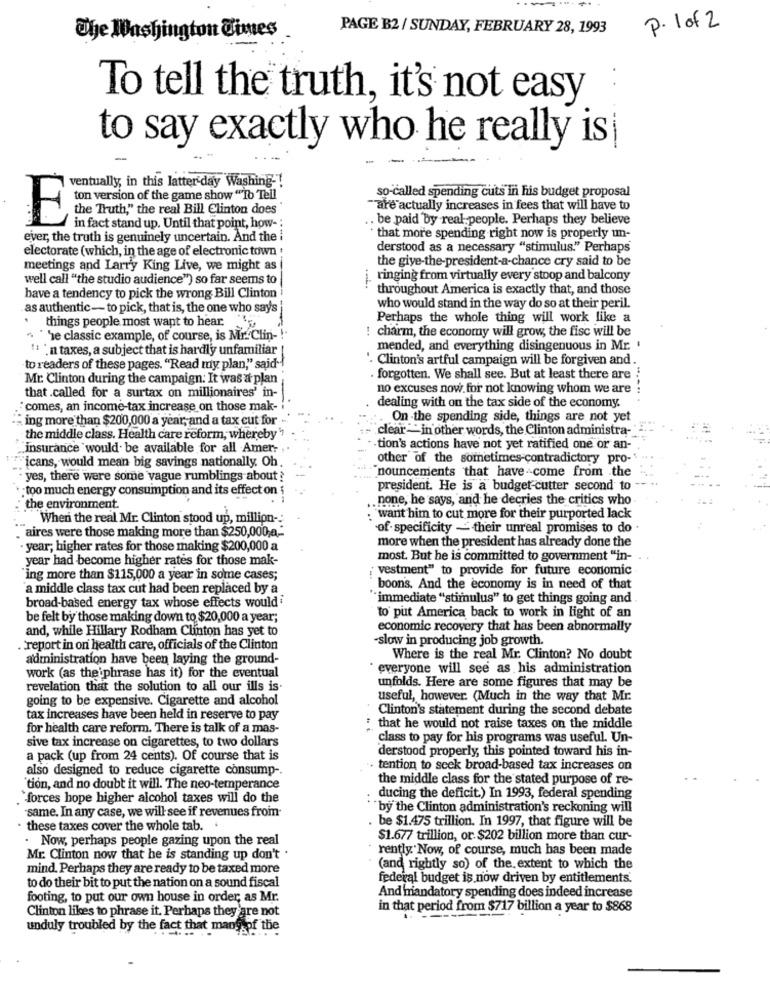
P. 1 of 2
PAGE B2 / SUNDAY, FEBRUARY 28, 1993
The Washington Times
To tell the truth, it's not easy
to say exactly who he really is
-
ventually, in this latter day Washing -!
so-called spending cuts in his budget proposal
ton version of the game show "To Tell
the Truth," the real Bill Clinton does
"are actually increases in fees that will have to
E
. be paid by real people. Perhaps they believe
in fact stand up. Until that point, how- :
ever, the truth is genuinely uncertain. And the i
that more spending right now is properly un-
electorate (which, in the age of electronic town .
derstood as a necessary "stimulus." Perhaps
the give-the-president-a-chance cry said to be
meetings and Larry King Live, we might as
well call "the studio audience") so far seems to
ringing from virtually every stoop and balcony
throughout America is exactly that, and those
have a tendency to pick the wrong Bill Clinton
as authentic- to pick, that is, the one who says
who would stand in the way do so at their peril.
Perhaps the whole thing will work like a
things people most want to hear.
* he classic example, of course, is Mr.Clin-
: charm, the economy will grow, the fisc will be
. .
. n taxes, a subject that is hardly unfamiliar
mended, and everything disingenuous in Mr.
. Clinton's artful campaign will be forgiven and
to readers of these pages. "Read my plan," said"!
Mr. Clinton during the campaign: It was a plan
. forgotten. We shall see. But at least there are .
that .called for a surtax on millionaires' in-
no excuses now. for not knowing whom we are
"comes, an income-tax increase on those mak-
dealing with on the tax side of the economy.
ing more than $200,000 a year, and a tax cut for .
On -the spending side, things are not yet
clear - in other words, the Clinton administra-"
the middle class. Health care reform, whereby"
insurance would be available for all Amer-
tion's actions have not yet ratified one or an-
"icans, would mean big savings nationally. Oh
other of the sometimes-contradictory pro-
"nouncements that have-come from the
yes, there were some vague rumblings about?
too much energy consumption and its effect on ;
president. He is a budget-cutter second to
. none, he says, and he decries the critics who
the environment.
When the real Mr. Clinton stood up, million-
: want him to cut more for their purported lack
. aires were those making more than $250,000,a .:
of - specificity - their unreal promises to do .
more when the president has already done the
· year; higher rates for those making $200,000 a
year had become higher rates for those mak-
most. But he is committed to government "in-
vestment" to provide for future economic
"ing more than $115,000 a year in some cases;
a middle class tax cut had been replaced by a
boon's. And the economy is in need of that
"immediate "stimulus" to get things going and
broad-based energy tax whose effects wouldi
be felt by those making down to $20,000 a year;
to put America back to work in light of an
and, while Hillary Rodham Clinton has yet to
economic recovery that has been abnormally
slow in producing job growth.
. report in on health care, officials of the Clinton
administration have been laying the ground-
Where is the real Mr. Clinton? No doubt
everyone will see as his administration
work (as the phrase has it) for the eventual
revelation that the solution to all our ills is-
unfolds. Here are some figures that may be
going to be expensive. Cigarette and alcohol
useful, however. (Much in the way that Mr.
Clinton's statement during the second debate
tax increases have been held in reserve to pay
for health care reform. There is talk of a mas-
that he would not raise taxes on the middle
sive tax increase on cigarettes, to two dollars
class to pay for his programs was useful. Un-
derstood properly, this pointed toward his in-
a pack (up from 24 cents). Of course that is
also designed to reduce cigarette consump -.
· tention to seek broad-based tax increases on
the middle class for the stated purpose of re-
"tion, and no doubt it will. The neo-temperance
`forces hope higher alcohol taxes will do the
ducing the deficit.) In 1993, federal spending
`by the Clinton administration's reckoning will
same. In any case, we will see if revenues from-
be $1.475 trillion. In 1997, that figure will be
. these taxes cover the whole tab ..
. Now, perhaps people gazing upon the real
$1.677 trillion, or $202 billion more than cur-
rently. Now, of course, much has been made
Mr. Clinton now that he is standing up don't .
mind. Perhaps they are ready to be taxed more
(and rightly so) of the extent to which the
to do their bit to put the nation on a sound fiscal
federal budget is now driven by entitlements.
And mandatory spending does indeed increase
footing, to put our own house in order, as Mr.
in that period from $717 billion a year to $868
Clinton likes to phrase it. Perhaps they are not
unduly troubled by the fact that many of the